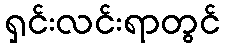
ရှင်းလင်းရာတွင်